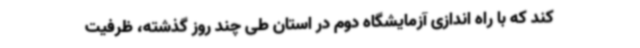
کند که با راه اندازی آزمایشگاه دوم در استان طی چند روز گذشته، ظرفیت